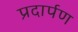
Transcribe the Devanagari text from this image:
प्रदार्पण